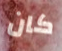
كان